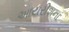
આયરીશના